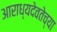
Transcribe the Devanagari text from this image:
आराध्यदेवतेच्या